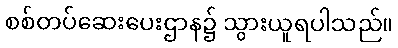
စစ်တပ်ဆေးပေးဌာန၌ သွားယူရပါသည်။